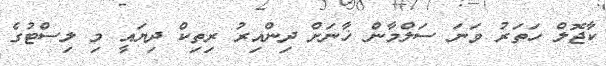
ކާޖޮލް ހަތަރު ވަނަ ސަލްމާން ޚާނަށް ދިންއިރު ރިތިކް ދިޔައީ މި ލިސްޓުގެ